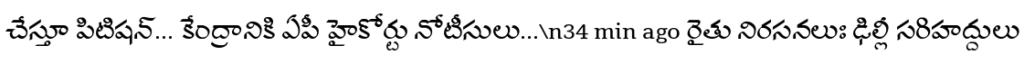
చేస్తూ పిటిషన్... కేంద్రానికి ఏపీ హైకోర్టు నోటీసులు...\n34 min ago రైతు నిరసనలుః ఢిల్లీ సరిహద్దులు